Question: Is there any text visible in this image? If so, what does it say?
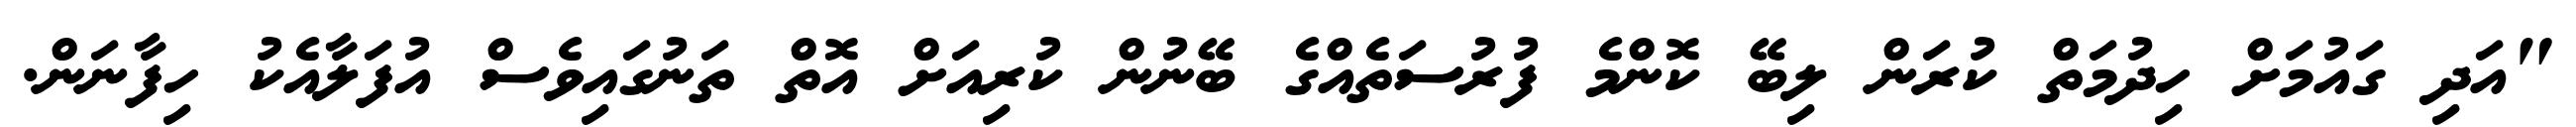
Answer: "އަދި ގައުމަށް ހިދުމަތް ކުރަން ލިބޭ ކޮންމެ ފުރުސަތެއްގެ ބޭނުން ކުރިއަށް އޮތް ތަނުގައިވެސް އުފަލާއެކު ހިފާނަން.